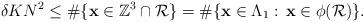
LaTeX: \begin{align*}\delta K N^2\le \#\{\mathbf{x}\in\mathbb{Z}^3\cap\mathcal{R}\}=\#\{\mathbf{x}\in\Lambda_1:\,\mathbf{x}\in\phi(\mathcal{R})\}.\end{align*}